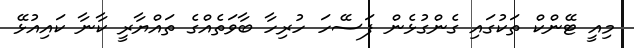
މިއީ ޓޭންކް ތަކުގައި ގެންގުޅެން ފަސޭހަ ހުރިހާ ބާވަތެއްގެ ތައްޔާރީ ކާނާ ކައިއުޅޭ